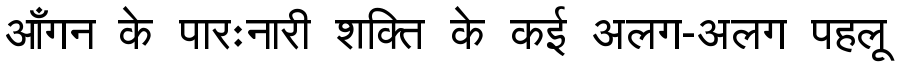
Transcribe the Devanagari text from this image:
आँगन के पारःनारी शक्ति के कई अलग-अलग पहलू